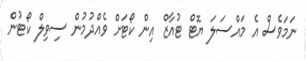
ނަމަވެސް އެ މައްސަލަ ޔޮޓް ޓުއާޒް އިން ކޯޓަށް ވެއްދުމުން ސިވިލް ކޯޓުން